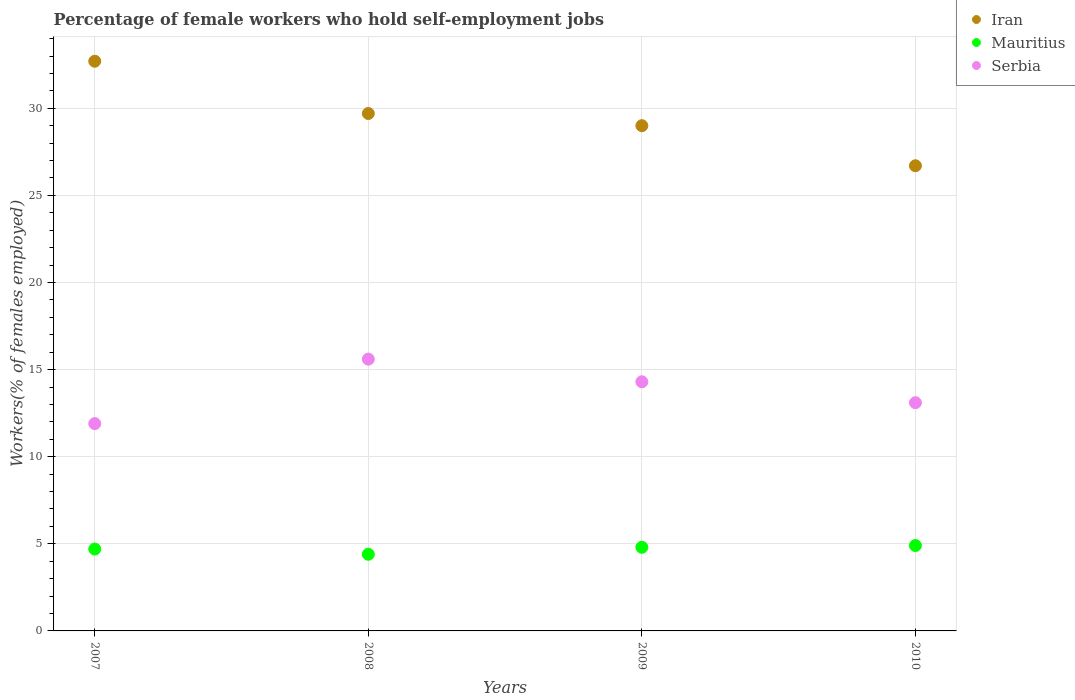
| Years | Iran | Mauritius | Serbia |
 | --- | --- | --- | --- |
 | 2007 | 32.7 | 4.7 | 11.9 |
 | 2008 | 29.7 | 4.4 | 15.6 |
 | 2009 | 29 | 4.8 | 14.3 |
 | 2010 | 26.7 | 4.9 | 13.1 |